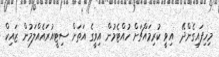
މިހިފައިގެންދޭ  އިވީ ކުރިމައްޗަށް ހުއްޓެމުން އިވީގެ އަތަށް ސިޓީއުރައެއްލަމުން ޒައިކް